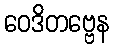
ဝေဒိတဗ္ဗေန